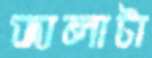
জালাটা